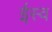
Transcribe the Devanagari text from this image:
ईस्व